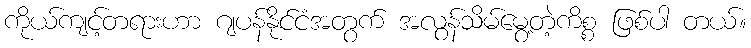
ကိုယ်ကျင့်တရားဟာ ဂျပန်နိုင်ငံအတွက် အလွန်သိမ်မွေ့တဲ့ကိစ္စ ဖြစ်ပါ တယ်။